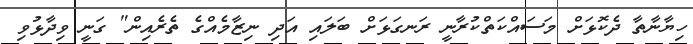
ހިޔާނާތާ ދެކޮޅަށް މަސައްކަތްކުރާނީ ރަނގަޅަށް ބަލައި އަދި ނިޒާމެއްގެ ތެރެއިން" ގަނީ ވިދާޅުވި